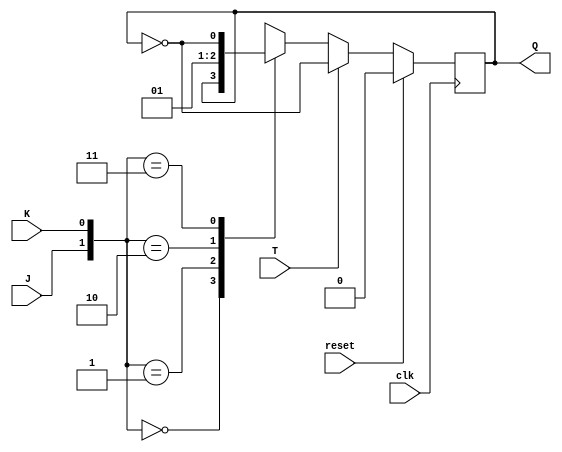
module TJKFlipFlop (
    input wire clk,
    input wire reset,
    input wire T,
    input wire J,
    input wire K,
    output reg Q
);

reg Q_temp;

always @(posedge clk) begin
    if (reset) begin
        Q_temp <= 1'b0;
    end else begin
        if (T) begin
            Q_temp <= ~Q_temp;
        end else begin
            case ({J, K})
                2'b00: Q_temp <= Q_temp;
                2'b01: Q_temp <= 1'b0;
                2'b10: Q_temp <= 1'b1;
                2'b11: Q_temp <= ~Q_temp;
            endcase
        end
    end
end

assign Q = Q_temp;

endmodule